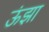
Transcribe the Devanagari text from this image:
ऊंझा